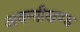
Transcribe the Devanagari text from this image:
अवन्तीखण्ड